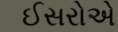
ઈસરોએ